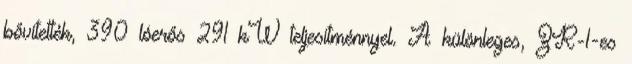
bővítették, 390 lóerős 291 kW teljesítménnyel. A különleges, ZR-1-es